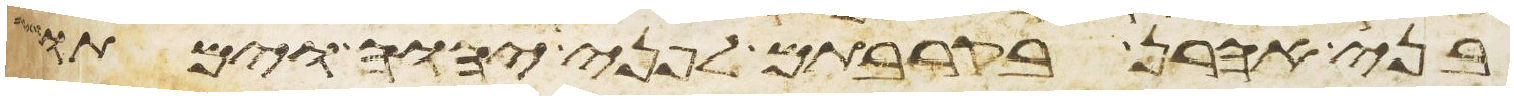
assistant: בני אהרן בקרבתם לפני יהוה וימתו